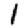
Digit: 1